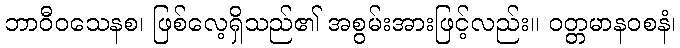
ဘာဝီဝသေနစ၊ ဖြစ်လေ့ရှိသည်၏ အစွမ်းအားဖြင့်လည်း။ ဝတ္တမာနဝစနံ၊